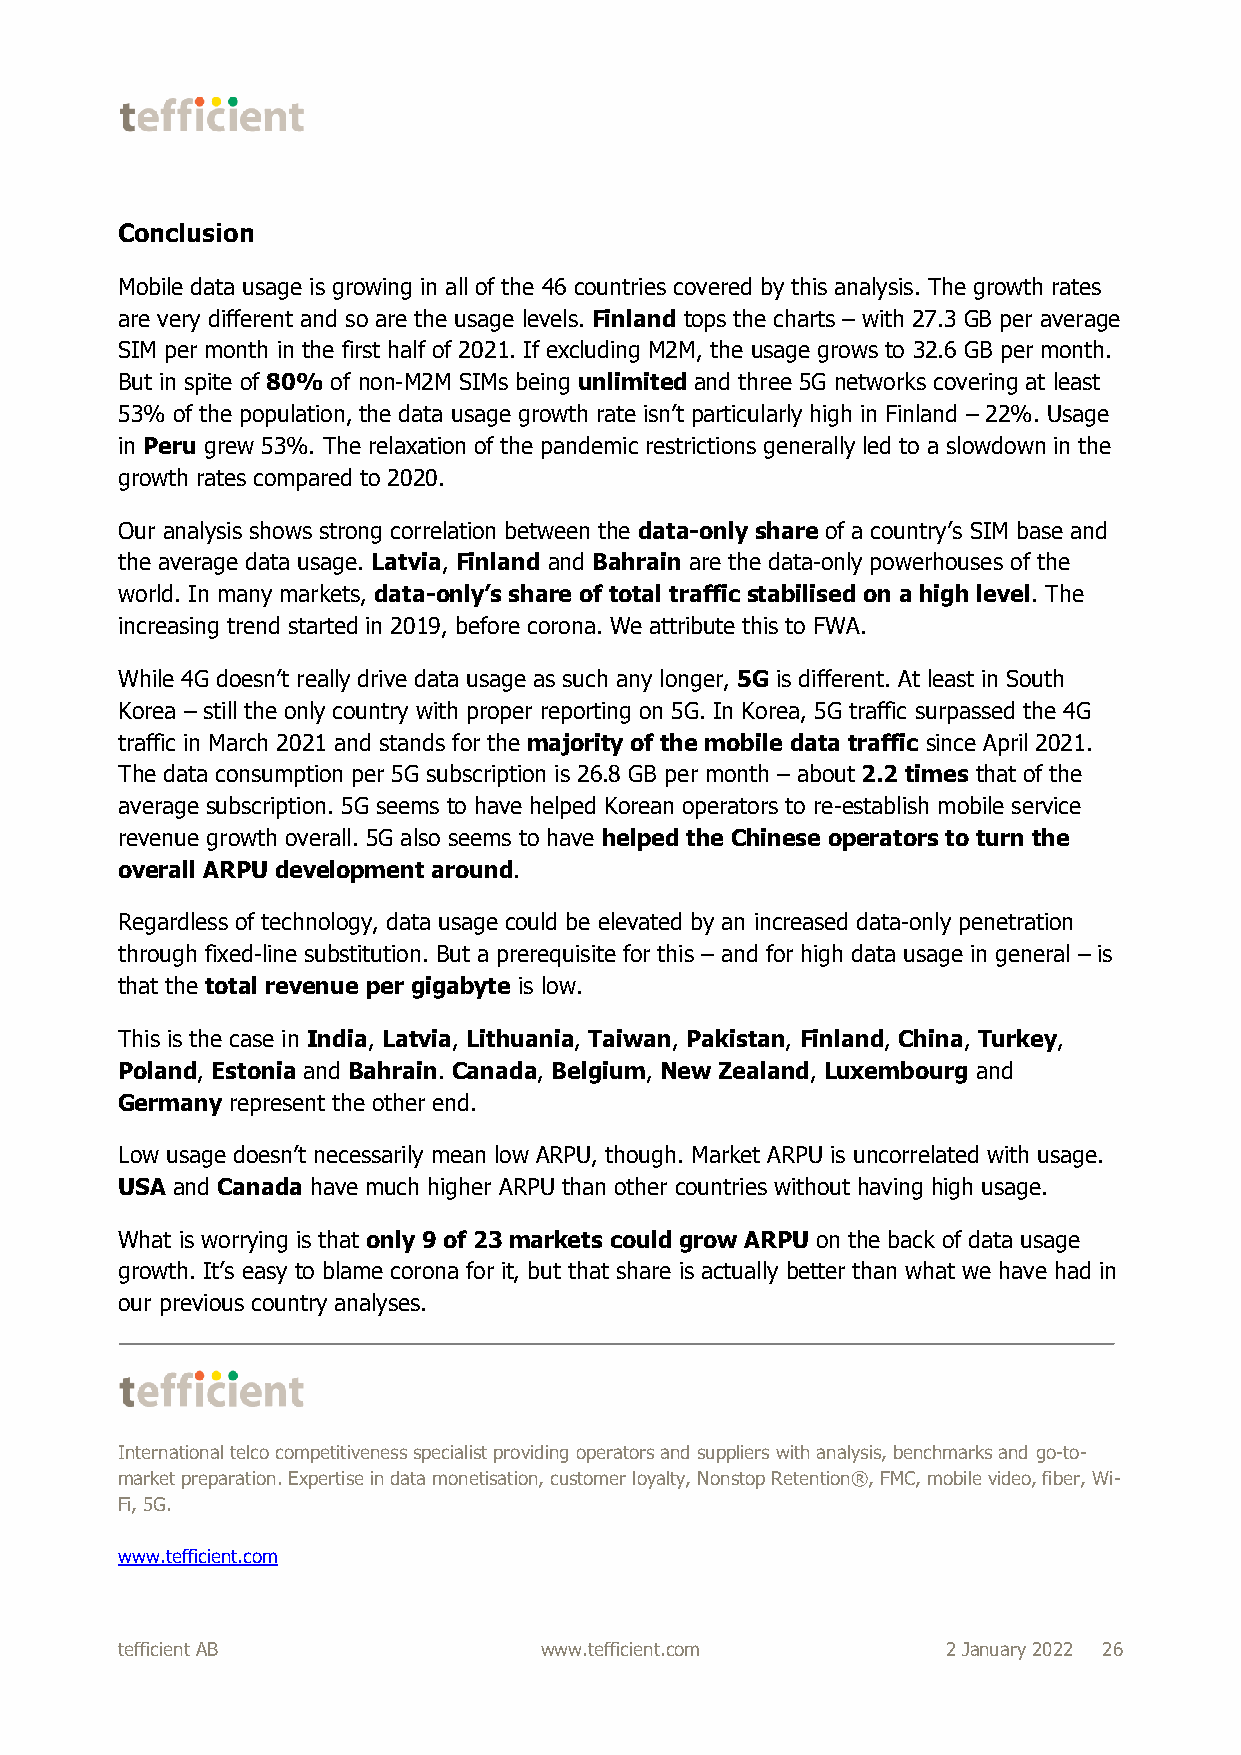
Conclusion
 Mobile data usage is growing in all of the 46 countries covered by this analysis. The growth rates
 are very different and so are the usage levels. Finland tops the charts – with 27.3 GB per average
 SIM per month in the first half of 2021. If excluding M2M, the usage grows to 32.6 GB per month.
 But in spite of 80% of non-M2M SIMs being unlimited and three 5G networks covering at least
 53% of the population, the data usage growth rate isn’t particularly high in Finland – 22%. Usage
 in Peru grew 53%. The relaxation of the pandemic restrictions generally led to a slowdown in the
 growth rates compared to 2020.
 Our analysis shows strong correlation between the data-only share of a country’s SIM base and
 the average data usage. Latvia, Finland and Bahrain are the data-only powerhouses of the
 world. In many markets, data-only’s share of total traffic stabilised on a high level. The
 increasing trend started in 2019, before corona. We attribute this to FWA.
 While 4G doesn’t really drive data usage as such any longer, 5G is different. At least in South
 Korea – still the only country with proper reporting on 5G. In Korea, 5G traffic surpassed the 4G
 traffic in March 2021 and stands for the majority of the mobile data traffic since April 2021.
 The data consumption per 5G subscription is 26.8 GB per month – about 2.2 times that of the
 average subscription. 5G seems to have helped Korean operators to re-establish mobile service
 revenue growth overall. 5G also seems to have helped the Chinese operators to turn the
 overall ARPU development around.
 Regardless of technology, data usage could be elevated by an increased data-only penetration
 through fixed-line substitution. But a prerequisite for this – and for high data usage in general – is
 that the total revenue per gigabyte is low.
 This is the case in India, Latvia, Lithuania, Taiwan, Pakistan, Finland, China, Turkey,
 Poland, Estonia and Bahrain. Canada, Belgium, New Zealand, Luxembourg and
 Germany represent the other end.
 Low usage doesn’t necessarily mean low ARPU, though. Market ARPU is uncorrelated with usage.
 USA and Canada have much higher ARPU than other countries without having high usage.
 What is worrying is that only 9 of 23 markets could grow ARPU on the back of data usage
 growth. It’s easy to blame corona for it, but that share is actually better than what we have had in
 our previous country analyses.
 International telco competitiveness specialist providing operators and suppliers with analysis, benchmarks and go-to-
 market preparation. Expertise in data monetisation, customer loyalty, Nonstop Retention®, FMC, mobile video, fiber, Wi-
 Fi, 5G.
 www.tefficient.com
 tefficient AB               www.tefficient.com         2 January 2022 26